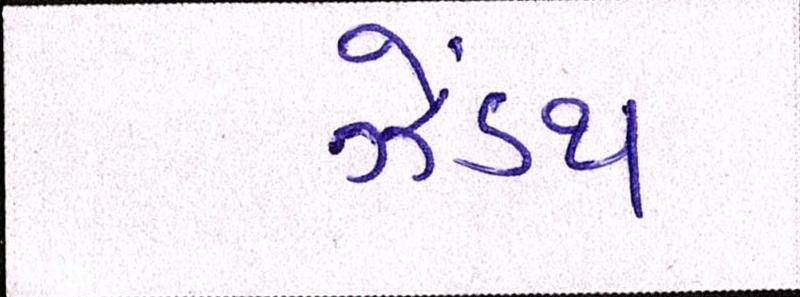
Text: ઝેંઽથ